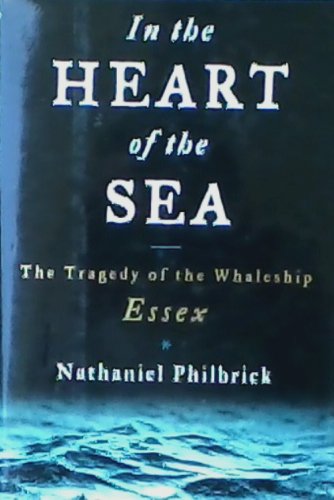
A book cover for In the Heart of the Sea; Nathaniel Philbrick; Engineering & Transportation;